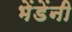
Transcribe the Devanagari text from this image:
भेंडेंनी